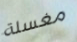
مغسلة